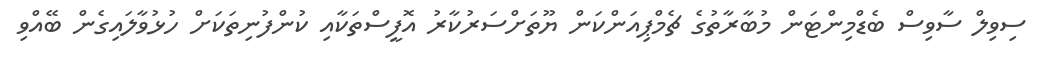
ސިވިލް ސާވިސް ބެޑްމިންޓަން މުބާރާތުގެ ޗެމްޕިއަންކަން ޔޫތަށްސަރުކާރު އޮފީސްތަކާއި ކުންފުނިތަކަށް ހުޅުވާލައިގެން ބޭއްވި